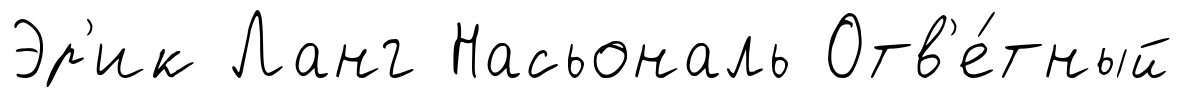
Эр'ик Ланг Насьональ Отв'е́тный